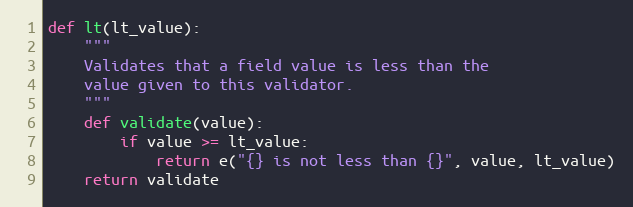
Language: Python
def lt(lt_value):
    """
    Validates that a field value is less than the
    value given to this validator.
    """
    def validate(value):
        if value >= lt_value:
            return e("{} is not less than {}", value, lt_value)
    return validate